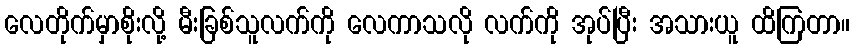
လေတိုက်မှာစိုးလို့ မီးခြစ်သူလက်ကို လေကာသလို လက်ကို အုပ်ပြီး အသားယူ ထိကြတာ။